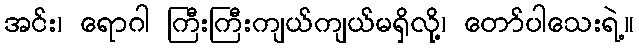
အင်း၊ ရောဂါ ကြီးကြီးကျယ်ကျယ်မရှိလို့၊ တော်ပါသေးရဲ့။